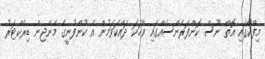
މިފްކޯގައި އޮތް ނޫސް ކޮންފަރެންސެއްގައި ވާހަކަ ދައްކަވަމުން އެ ކުންފުނީގެ މެނޭޖިން ޑިރެކްޓަރު